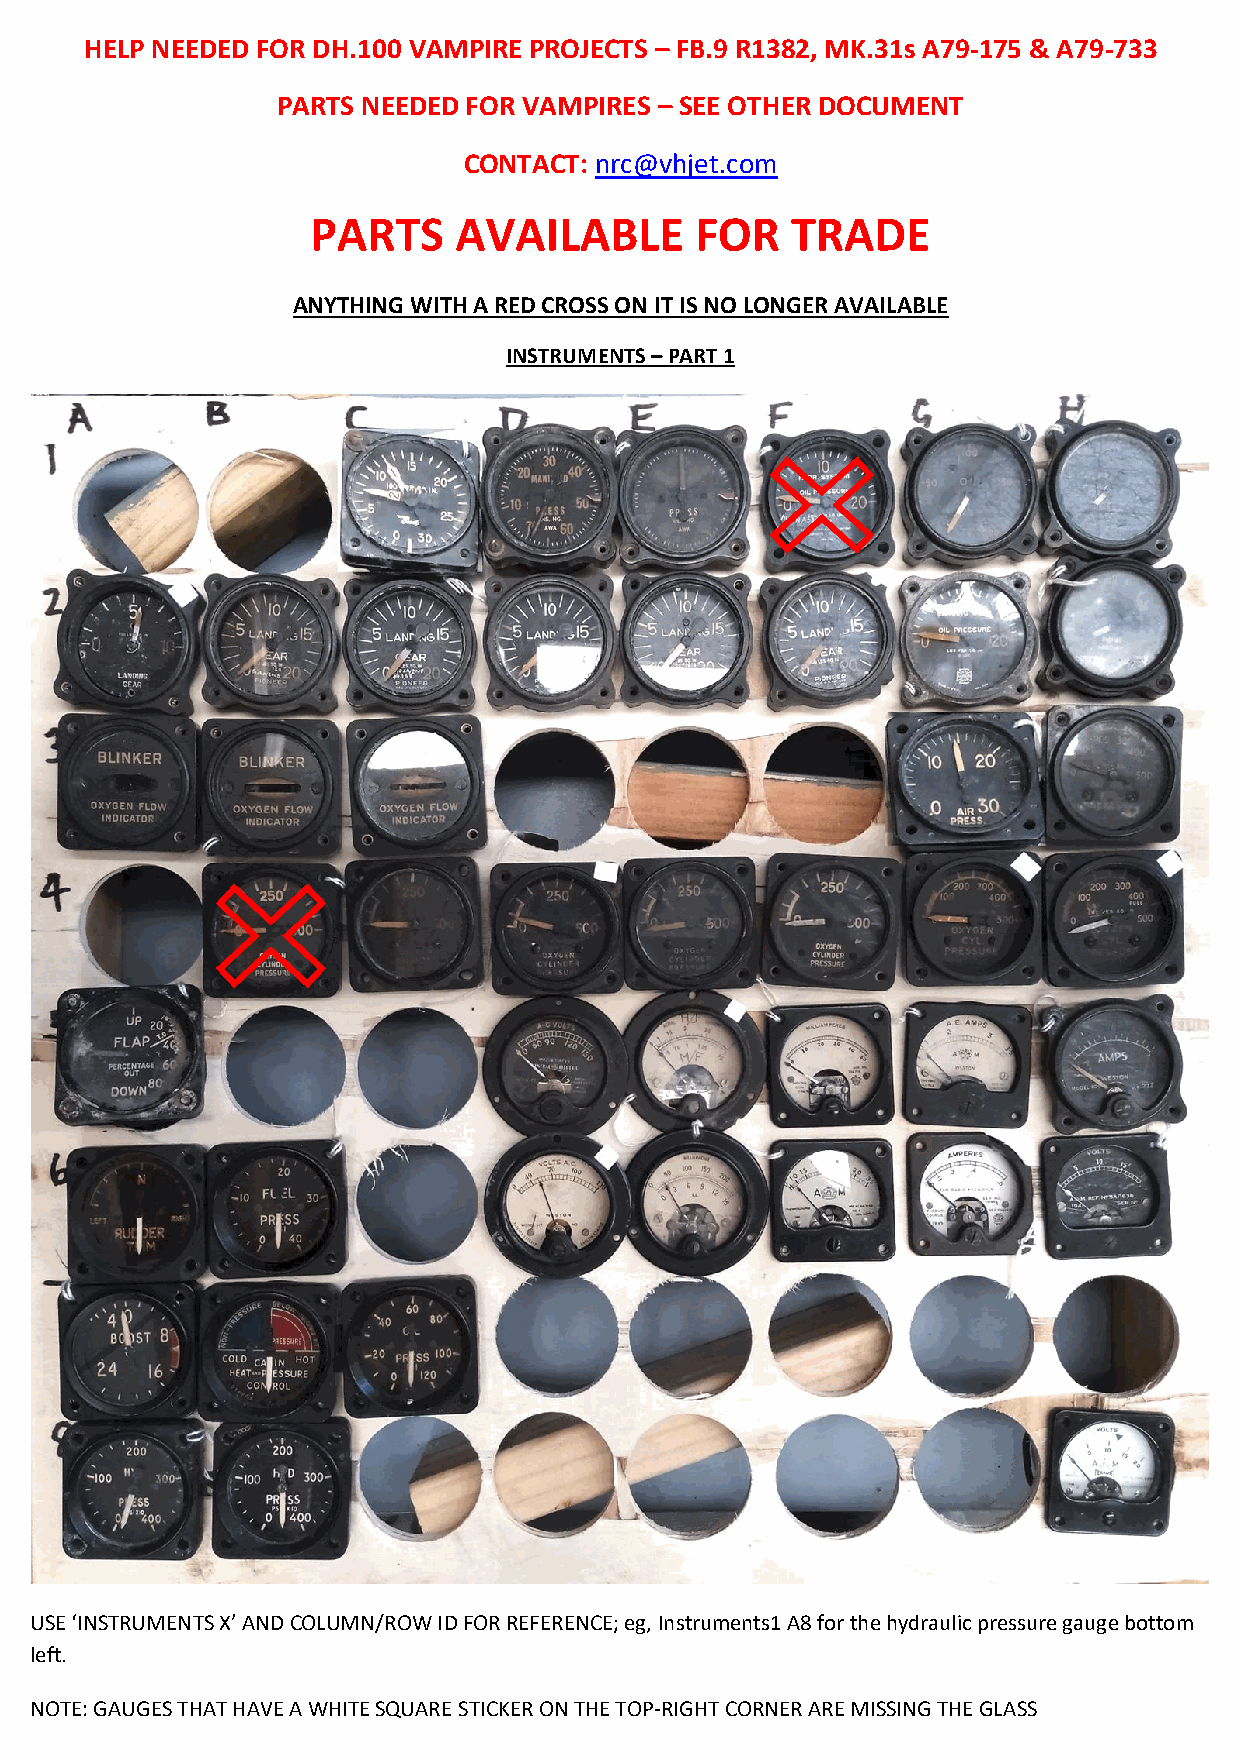
HELP NEEDED FOR DH.100 VAMPIRE PROJECTS – FB.9 R1382, MK.31s A79-175 & A79-733
 PARTS NEEDED FOR VAMPIRES – SEE OTHER DOCUMENT
 CONTACT: nrc@vhjet.com
 PARTS    AVAILABLE       FOR   TRADE
 ANYTHING WITH A RED CROSS ON IT IS NO LONGER AVAILABLE
 INSTRUMENTS – PART 1
 USE ‘INSTRUMENTS X’ AND COLUMN/ROW ID FOR REFERENCE; eg, Instruments1 A8 for the hydraulic pressure gauge bottom
 left.
 NOTE: GAUGES THAT HAVE A WHITE SQUARE STICKER ON THE TOP-RIGHT CORNER ARE MISSING THE GLASS